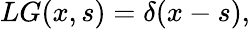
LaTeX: LG(x,s)=\delta(x-s),